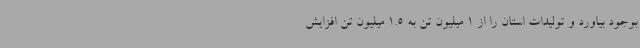
بوجود بیاورد و تولیدات استان را از 1 میلیون تن به 1.5 میلیون تن افزایش